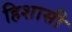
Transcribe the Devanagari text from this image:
हिशासी